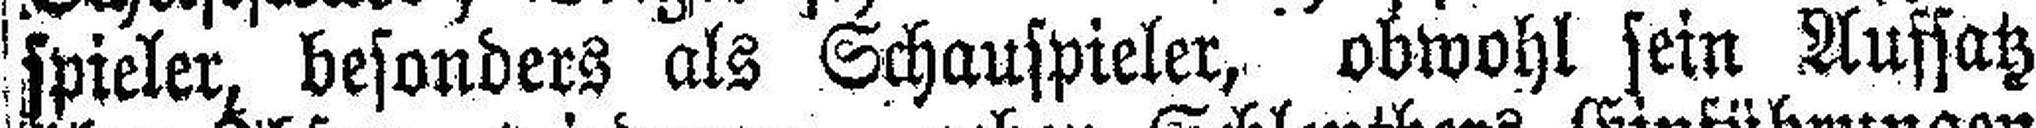
spieler, besonders als Schauspieler, obwohl sein Aufsatz